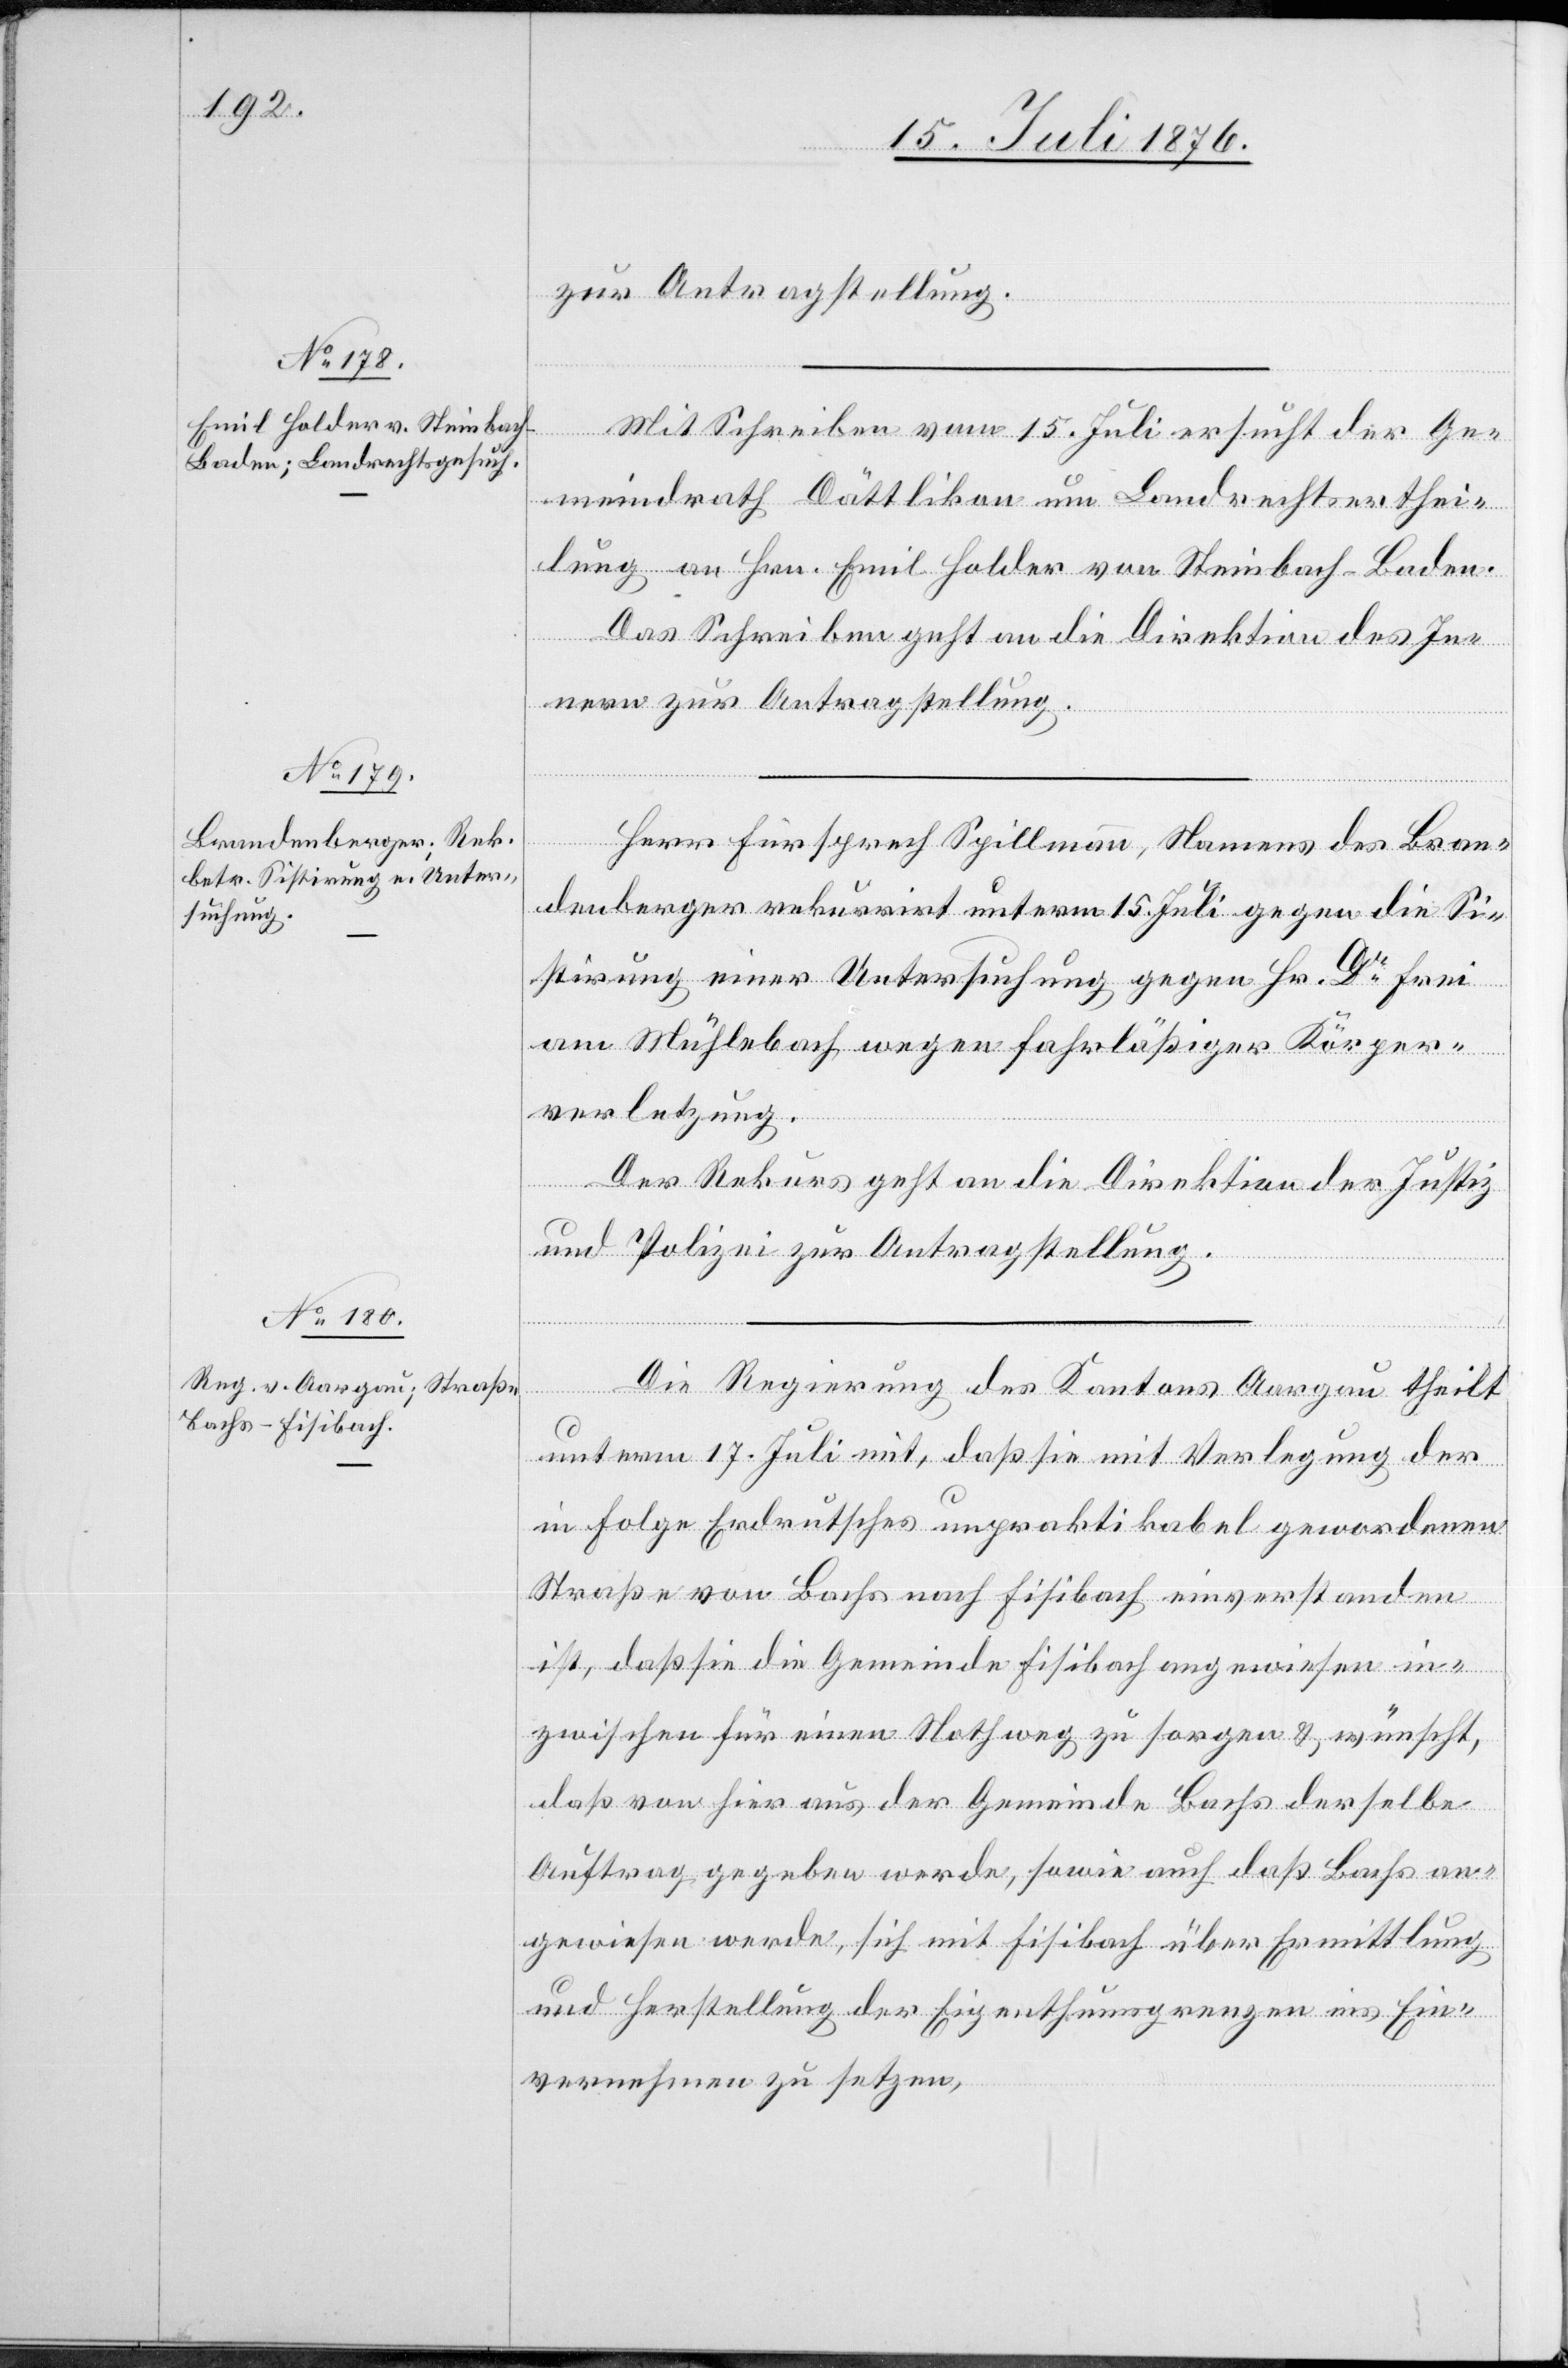
19. Juli 1876.]
zur Antragstellung.
Mit Schreiben vom 15. Juli ersucht der Ge¬
meindrath Dättlikon um Landrechtserthei¬
lung an Hrn. Emil Holder von Steinbach - Baden.
Das Schreiben geht an die Direktion des In¬
nern zur Antragstellung.
Herr Fürsprech Spillmann, Namens des Bran¬
denberger rekurrirt unterm 15. Juli gegen die Si¬
stirung einer Untersuchung gegen Hr. Dr Frei
am Mühlebach wegen fahrläßiger Körper¬
verletzung.
Der Rekurs geht an die Direktion der Justiz
und Polizei zur Antragstellung.
Die Regierung des Kantons Aargau theilt
unterm 17. Juli mit, daß sie mit Verlegung der
in Folge Erdrutsches unpraktikabel gewordenen
Straße von Bachs nach Fisibach einverstanden
ist, das sie die Gemeinde Fisibach angewiesen in¬
zwischen für einen Nothweg zu Horgen & wünscht,
das von hier aus der Gemeinde Bachs derselbe
Auftrag gegeben werde, sowie auch das Bachs an¬
gewiesen werde, sich mit Fisibach über Ermittlung
und Herstellung der Eigenthumsgrenzen ins Ein¬
vernehmen zu setzen.